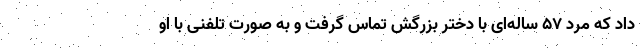
داد که مرد ۵۷ ساله‌ای با دختر بزرگش تماس گرفت و به صورت تلفنی با او